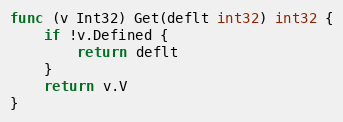
Language: Go
func (v Int32) Get(deflt int32) int32 {
	if !v.Defined {
		return deflt
	}
	return v.V
}